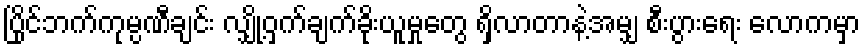
ပြိုင်ဘက်ကုမ္ပဏီချင်း လျှို့ဝှက်ချက်ခိုးယူမှုတွေ ရှိလာတာနဲ့အမျှ စီးပွားရေး လောကမှာ